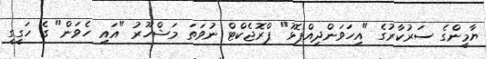
ޔާމީންގެ ސަރުކާރުގެ "އިހަވަންދިއްޕޮޅު" ޕްރޮޖެކްޓް ނުވަތަ މަޝްހޫރު "އައި ހެވަން" ގެ ހަގީގީ